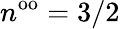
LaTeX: n^{\mathrm{oo}}=3/2